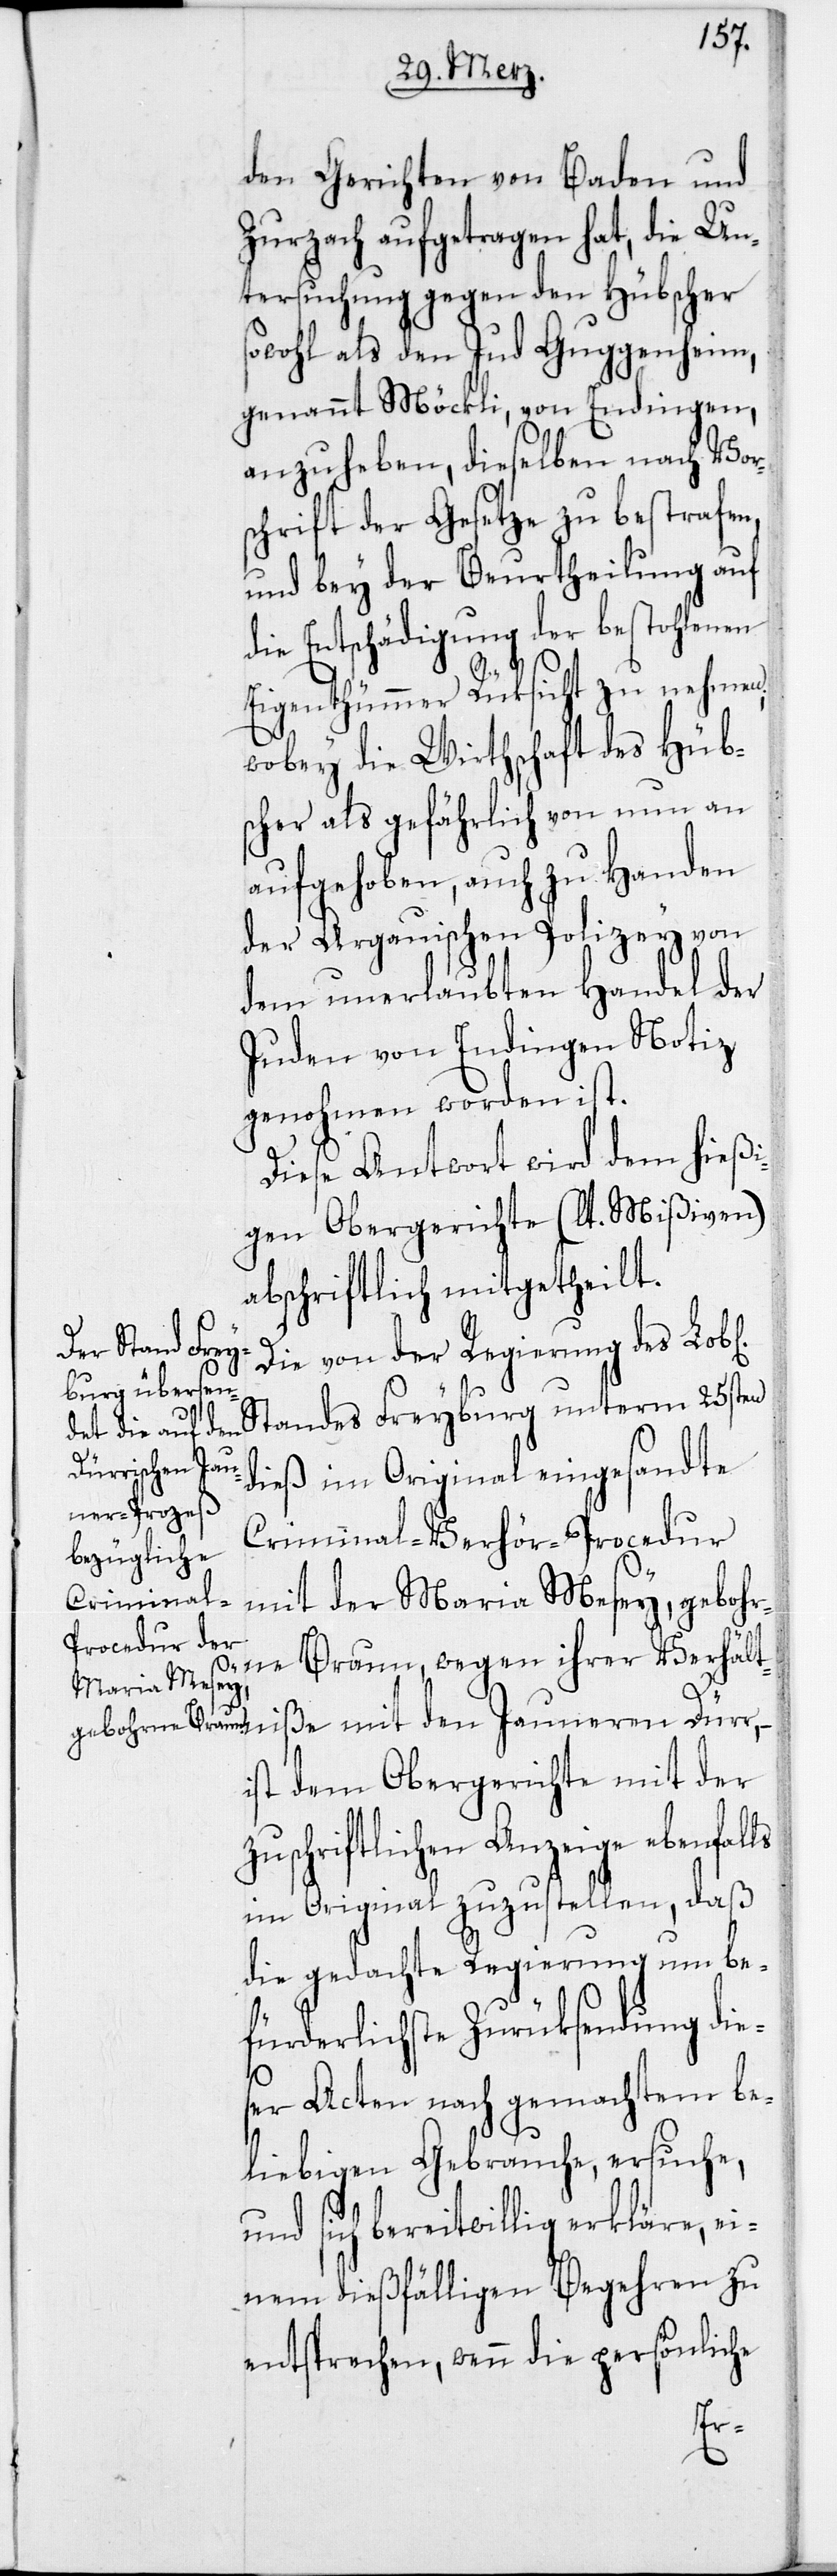
ichen]

den Gerichten von Baden und
Zurzach aufgetragen hat, die Un¬
tersuchung gegen den Hübscher
sowohl als den Jud Guggenheim,
genannt Möckli, von Endingen,
anzuheben, dieselben nach Vor¬
schrift der Gesetze zu bestrafen,
und bey der Beurtheilung auf
die Entschädigung der bestohlenen
Eigenthümmer Rüksicht zu nehmen,
wobey die Wirthschaft des Hüb¬
scher als gefährlich von nun an
aufgehoben, auch zu Handen
der Argauischen Polizey von
dem unerlaubten Handel der
Juden von Endingen Notiz
genohmen worden ist.
Diese Antwort wird dem hießi¬
gen Obergerichte (lt. Mißiven)
abschriftlich mitgetheilt.
Die von der Regierung des Lob[l¬
Standes Freyburg unterm 25sten
dieß im Original eingesandte
Criminal-Verhör-Procedur
mit der Maria Mesey, gebohr¬
ne Braun, wegen ihrer Verhält¬
ls
ße mit den Jauneren Dürr,
–
ist dem Obergerichte mit der
zuschriftlichen Anzeige ebenfal¬
im Original zuzustellen, daß
die gedachte Regierung um be¬
fürderlichste Zurüksendung dies¬
er Acten nach gemachtem be¬
liebigen Gebrauche, ersuche,
und sich bereitwillig erkläre, ei¬
nem dießfälligen Begehren zu
entsprechen, wenn die persönliche